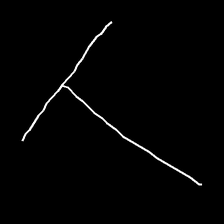
Glyph: column